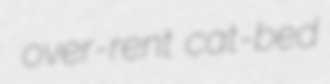
over-rent cat-bed